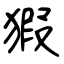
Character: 猳